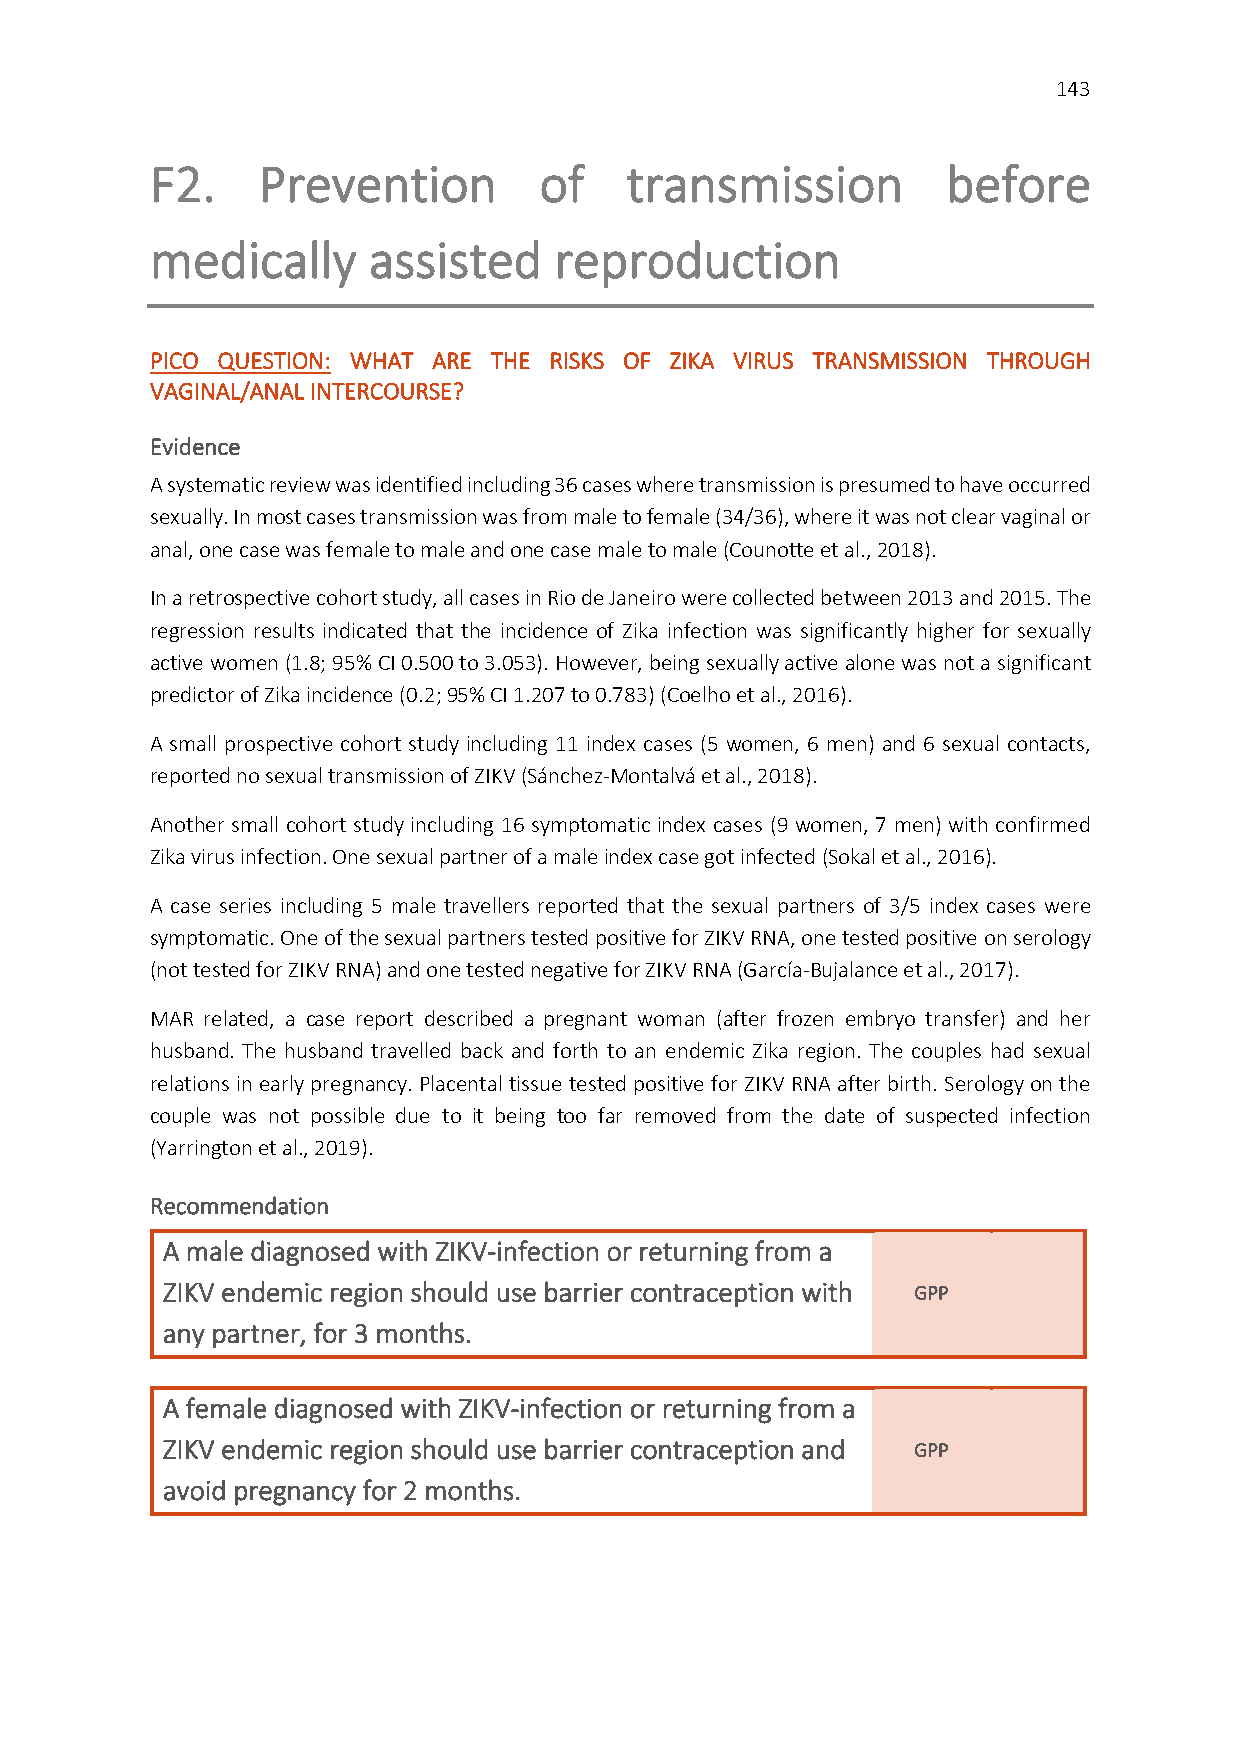
143
 F2.    Prevention         of   transmission          before
 medically     assisted     reproduction
 PICO QUESTION: WHAT ARE THE RISKS OF ZIKA VIRUS TRANSMISSION THROUGH
 VAGINAL/ANAL INTERCOURSE?
 Evidence
 A systematic review was identified including 36 cases where transmission is presumed to have occurred
 sexually. In most cases transmission was from male to female (34/36), where it was not clear vaginal or
 anal, one case was female to male and one case male to male (Counotte et al., 2018).
 In a retrospective cohort study, all cases in Rio de Janeiro were collected between 2013 and 2015. The
 regression results indicated that the incidence of Zika infection was significantly higher for sexually
 active women (1.8; 95% CI 0.500 to 3.053). However, being sexually active alone was not a significant
 predictor of Zika incidence (0.2; 95% CI 1.207 to 0.783) (Coelho et al., 2016).
 A small prospective cohort study including 11 index cases (5 women, 6 men) and 6 sexual contacts,
 reported no sexual transmission of ZIKV (Sánchez-Montalvá et al., 2018).
 Another small cohort study including 16 symptomatic index cases (9 women, 7 men) with confirmed
 Zika virus infection. One sexual partner of a male index case got infected (Sokal et al., 2016).
 A case series including 5 male travellers reported that the sexual partners of 3/5 index cases were
 symptomatic. One of the sexual partners tested positive for ZIKV RNA, one tested positive on serology
 (not tested for ZIKV RNA) and one tested negative for ZIKV RNA (García-Bujalance et al., 2017).
 MAR related, a case report described a pregnant woman (after frozen embryo transfer) and her
 husband. The husband travelled back and forth to an endemic Zika region. The couples had sexual
 relations in early pregnancy. Placental tissue tested positive for ZIKV RNA after birth. Serology on the
 couple was not possible due to it being too far removed from the date of suspected infection
 (Yarrington et al., 2019).
 Recommendation
 A male diagnosed with ZIKV-infection or returning from a
 ZIKV endemic region should use barrier contraception with GPP
 any partner, for 3 months.
 A female diagnosed with ZIKV-infection or returning from a
 ZIKV endemic region should use barrier contraception and GPP
 avoid pregnancy for 2 months.